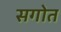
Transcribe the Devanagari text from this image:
सगोत